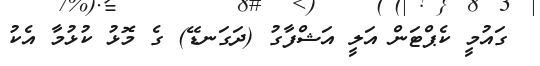
ގައުމީ ކެޕްޓަން އަލީ އަޝްފާގު (ދަގަނޑޭ) ގެ މޮޅު ކުޅުމާ އެކު